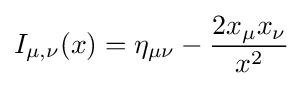
I_{\mu ,\nu }(x)=\eta _{\mu \nu }-{\frac {2x_{\mu }x_{\nu }}{x^{2}}}